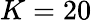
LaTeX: K=20